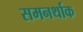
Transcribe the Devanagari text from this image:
समनर्थाक